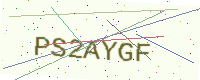
Text: PS2AYGF